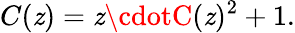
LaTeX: C(\mathit{z})=\mathit{z}\cdotC(\mathit{z})^{2}+1.